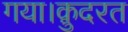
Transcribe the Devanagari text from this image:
गया।क़ुदरत